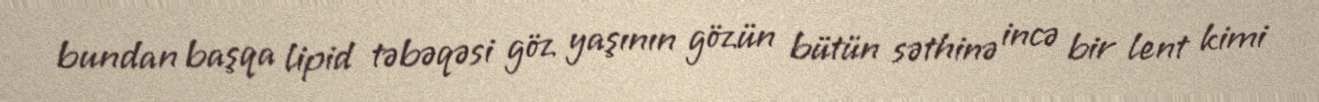
bundan başqa lipid təbəqəsi göz yaşının gözün bütün səthinə incə bir lent kimi